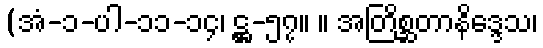
(အံ-၁-ပါ-၁၁-၁၄၊ ဋ္ဌ-၅၇။ ။ အတြိစ္ဆတာနိဒ္ဒေသ၊